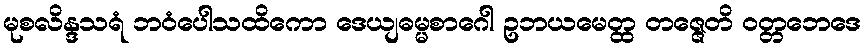
မုစလိန္ဒသရံ ဘဝံပေါသထိကော ဒေယျဓမ္မစာဂေါ ဥဘယမေတ္ထ တဇ္ဇေတိ ဝတ္တဘေဒေ